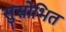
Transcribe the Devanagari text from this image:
सुसोभित